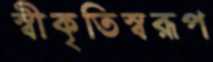
স্বীকৃতিস্বরূপ